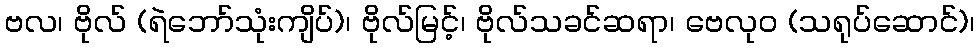
ဗလ၊ ဗိုလ် (ရဲဘော်သုံးကျိပ်)၊ ဗိုလ်မြင့်၊ ဗိုလ်သခင်ဆရာ၊ ဗေလုဝ (သရုပ်ဆောင်)၊